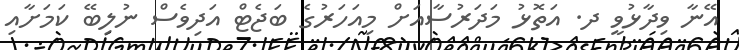
އޭނާ ވިދާޅުވީ ދ. އަތޮޅު މަދަރުސާއަށް މިއަހަރުގެ ބަޖެޓް އަދިވެސް ނުލިބޭ ކަމަށާއި